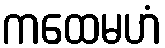
ကထေမဟံ